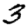
Digit: 3